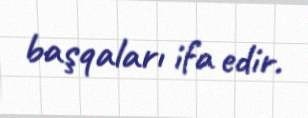
başqaları ifa edir.